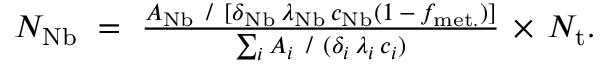
\begin{array} { r } { N _ { \mathrm { N b } } ~ = ~ { \frac { A _ { \mathrm { N b } } ~ / ~ [ { \delta _ { \mathrm { N b } } } \, { \lambda _ { \mathrm { N b } } } \, { c _ { \mathrm { N b } } } { ( 1 \, - \, { f _ { \mathrm { m e t . } } } ) } ] } { \sum _ { i } A _ { i } ~ / ~ { ( { \delta _ { i } } \, { \lambda _ { i } } \, { c _ { i } } ) } } } \, \times \, N _ { \mathrm { t } } . } \end{array}